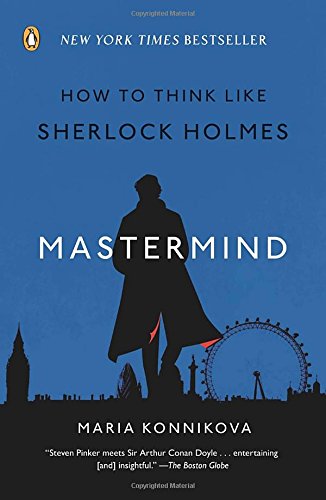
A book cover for Mastermind: How to Think Like Sherlock Holmes; Maria Konnikova; Medical Books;